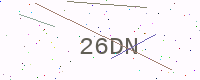
Text: 26DN